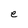
Character: e